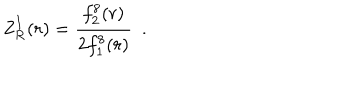
\mathrm { Z } _ { \mathrm { R } } ^ { I } ( r ) = { \frac { f _ { 2 } ^ { 8 } ( r ) } { 2 f _ { 1 } ^ { 8 } ( r ) } } ~ ~ .